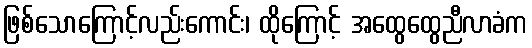
ဖြစ်သောကြောင့်လည်းကောင်း၊ ထိုကြောင့် အထွေထွေညီလာခံက